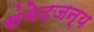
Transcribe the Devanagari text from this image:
संवेदजन्य